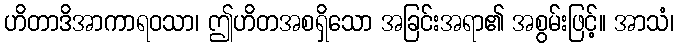
ဟိတာဒိအာကာရဝသာ၊ ဤဟိတအစရှိသော အခြင်းအရာ၏ အစွမ်းဖြင့်။ အာသံ၊